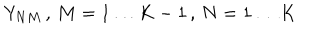
Y _ { N M } \, , \, M = 1 \ldots K - 1 \, , \, N = 1 \ldots K